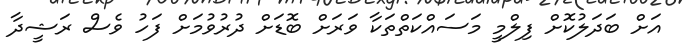
އަށް ބަދަލުކޮށް ފިލްމީ މަސައްކަތްތަކާ ވަރަށް ބޮޑަށް ދުރުވުމަށް ފަހު ވެސް ރަޝީދާ